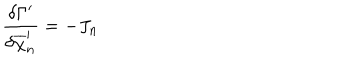
LaTeX: \frac { \delta \Gamma ^ { \prime } } { \delta \overline { { { \chi } } } _ { n } ^ { \prime } } = - J _ { n }